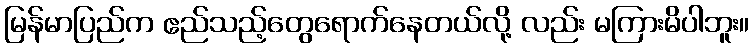
မြန်မာပြည်က ဧည်သည့်တွေရောက်နေတယ်လို့ လည်း မကြားမိပါဘူး။